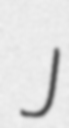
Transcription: J